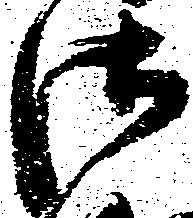
御